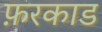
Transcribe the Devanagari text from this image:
फ़रकाड